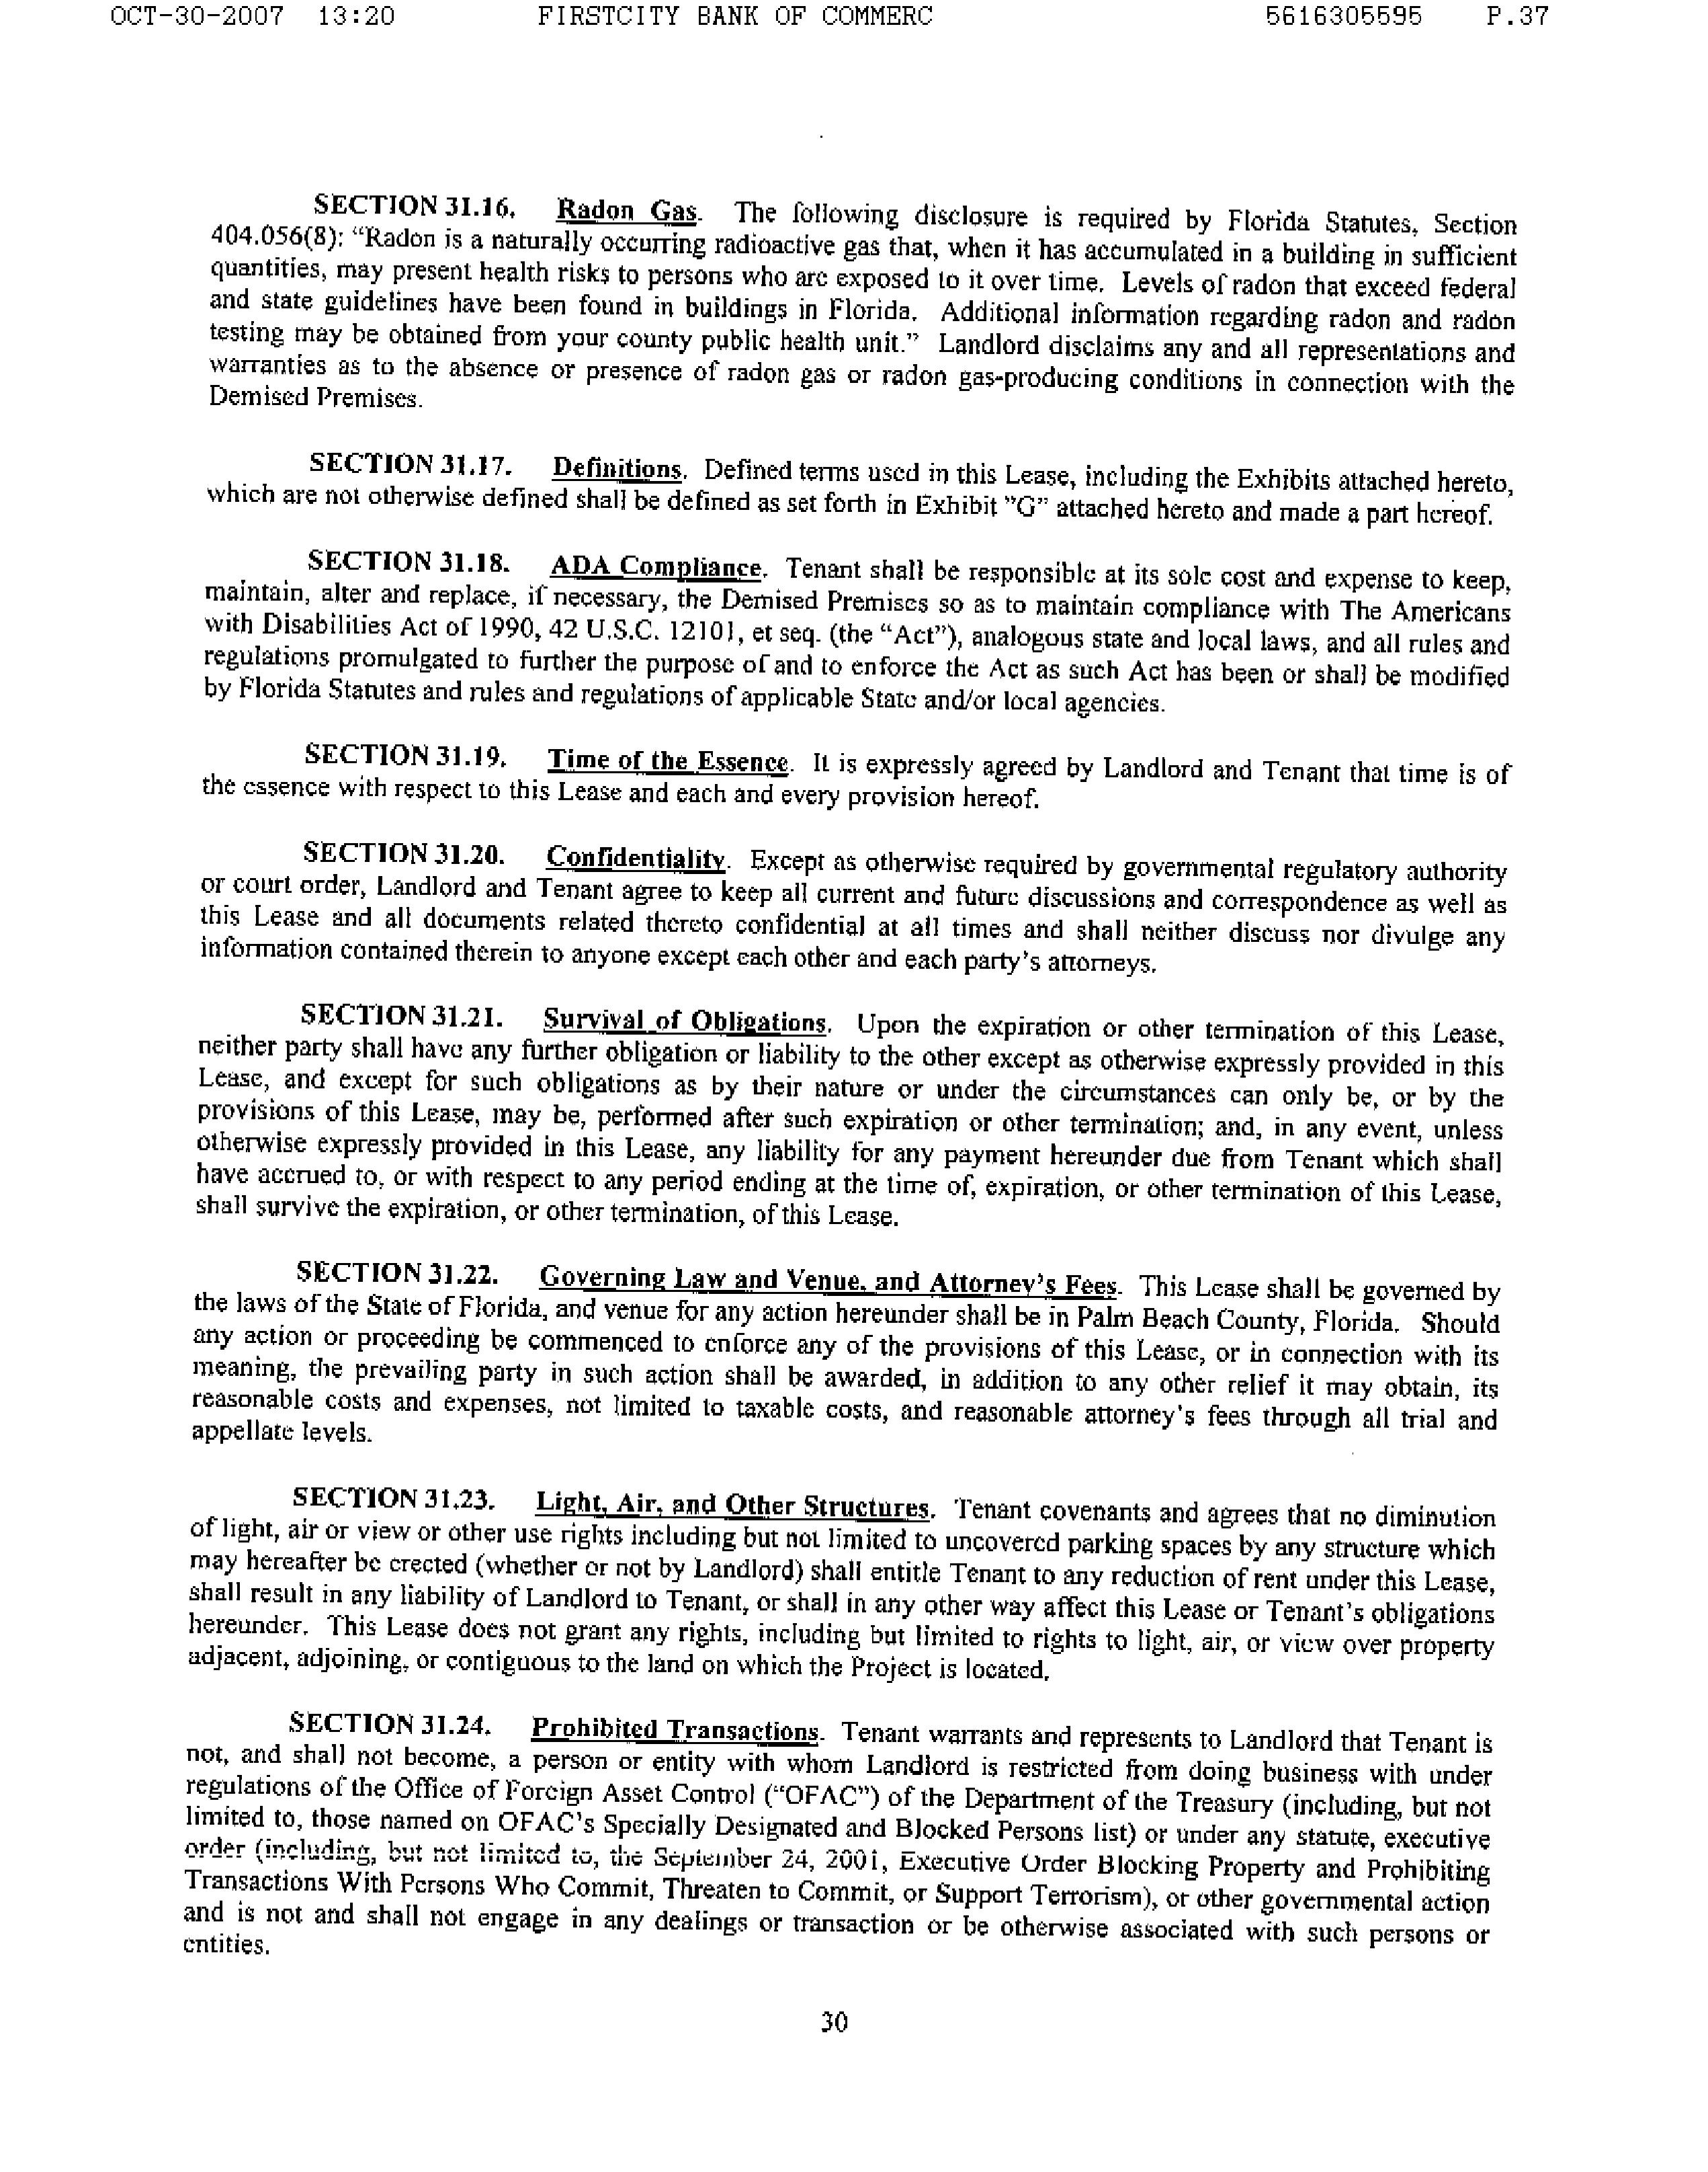
OCT-30-2007   13:20        FIRSTCITY BANK OF COMMERC                      5616305595      P.37

SECTION 31.16.        Radon Gas.    The following disclosure is required by Florida Statutes, Section
404.056(8): "Radon is a naturally occurring radioactive gas that, when it has accumulated in a building in sufficient
quantities, may present health risks to persons who are exposed to it over time. Levels of radon that exceed federal
and state guidelines have been found in buildings in Florida. Additional information regarding radon and radon
testing may be obtained from your county public health unit."    Landlord disclaims any and all representations and
warranties as to the absence or presence of radon gas or radon gas-producing conditions in connection with the
Demised Premises.

SECTION 31.17.        Definitions.    Defined terms used in this Lease, including the Exhibits attached hereto,
which are not otherwise defined shall be defined as set forth in Exhibit "G" attached hereto and made a part hereof.

SECTION 31.18.        ADA Compliance.    Tenant shall be responsible at its sole cost and expense to keep,
maintain, alter and replace, if necessary, the Demised Premises so as to maintain compliance with The Americans
with Disabilities Act of 1990, 42 U.S.C. 12101, et seq. (the "Act"), analogous state and local laws, and all rules and
regulations promulgated to further the purpose of and to enforce the Act as such Act has been or shall be modified
by Florida Statutes and rules and regulations of applicable State and/or local agencies.

SECTION 31.19.        Time of the Essence.    It is expressly agreed by Landlord and Tenant that time is of
the essence with respect to this Lease and each and every provision hereof.

SECTION 31.20.        Confidentiality.    Except as otherwise required by governmental regulatory authority
or court order, Landlord and Tenant agree to keep all current and future discussions and correspondence as well as
this Lease and all documents related thereto confidential at all times and shall neither discuss nor divulge any
information contained therein to anyone except each other and each party's attorneys.

SECTION 31.21.        Survival of Obligations.    Upon the expiration or other termination of this Lease,
neither party shall have any further obligation or liability to the other except as otherwise expressly provided in this
Lease, and except for such obligations as by their nature or under the circumstances can only be, or by the
provisions of this Lease, may be, performed after such expiration or other termination; and, in any event, unless
otherwise expressly provided in this Lease, any liability for any payment hereunder due from Tenant which shall
have accrued to, or with respect to any period ending at the time of, expiration, or other termination of this Lease,
shall survive the expiration, or other termination, of this Lease.

SECTION 31.22.        Governing Law and Venue, and Attorney's Fees.    This Lease shall be governed by
the laws of the State of Florida, and venue for any action hereunder shall be in Palm Beach County, Florida. Should
any action or proceeding be commenced to enforce any of the provisions of this Lease, or in connection with its
meaning, the prevailing party in such action shall be awarded, in addition to any other relief it may obtain, its
reasonable costs and expenses, not limited to taxable costs, and reasonable attorney's fees through all trial and
appellate levels.

SECTION 31.23.        Light, Air, and Other Structures.    Tenant covenants and agrees that no diminution
of light, air or view or other use rights including but not limited to uncovered parking spaces by any structure which
may hereafter be erected (whether or not by Landlord) shall entitle Tenant to any reduction of rent under this Lease,
shall result in any liability of Landlord to Tenant, or shall in any other way affect this Lease or Tenant's obligations
hereunder.    This Lease does not grant any rights, including but limited to rights to light, air, or view over property
adjacent, adjoining, or contiguous to the land on which the Project is located.

SECTION 31.24.        Prohibited Transactions.    Tenant warrants and represents to Landlord that Tenant is
not, and shall not become, a person or entity with whom Landlord is restricted from doing business with under
regulations of the Office of Foreign Asset Control ("OFAC") of the Department of the Treasury (including, but not
limited to, those named on OFAC's Specially Designated and Blocked Persons list) or under any statute, executive
order (including, but not limited to, the September 24, 2001, Executive Order Blocking Property and Prohibiting
Transactions With Persons Who Commit, Threaten to Commit, or Support Terrorism), or other governmental action
and is not and shall not engage in any dealings or transaction or be otherwise associated with such persons or
entities.

30